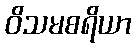
ဝိသမစရိယာ